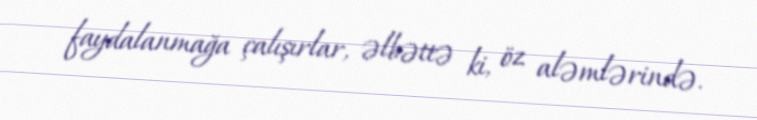
faydalanmağa çalışırlar, əlbəttə ki, öz aləmlərində.